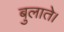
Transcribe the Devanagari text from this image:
बुलाते।